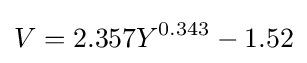
V=2.357Y^{0.343}-1.52